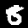
Label: 8